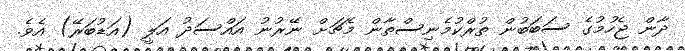
ދާން ޖެހުމުގެ ސަބަބުން ތުރްކުމެނިސްތާން މެޗަށް ނޭރުނު އައްސަދު އަލީ (އަޑުބަރޭ) އެވެ.